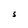
Character: S